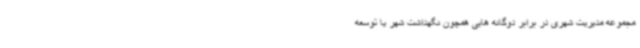
مجموعه مدیریت شهری در برابر دوگانه هایی همچون نگهداشت شهر یا توسعه